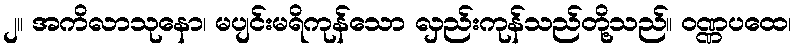
၂။ အကိလာသုနော၊ မပျင်းမရိကုန်သော လှည်းကုန်သည်တို့သည်။ ဝဏ္ဏပထေ၊